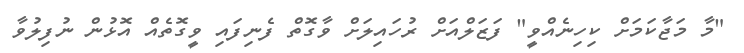
"މާ މަޖާކަމަށް ކިހިނެއްވީ" ފަޒަލްއަށް ރުހައިލަށް ވާގޮތް ފެނިފައި ވީގޮތެއް އޮޅުން ނުފިލުވާ